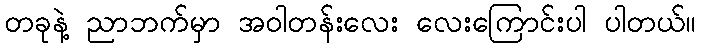
တခုနဲ့ ညာဘက်မှာ အဝါတန်းလေး လေးကြောင်းပါ ပါတယ်။